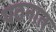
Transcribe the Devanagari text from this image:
पठनात